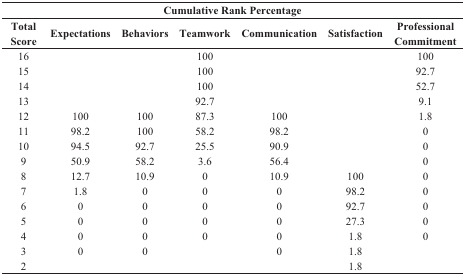
<table><thead><tr><td colspan="7"><b>Cumulative Rank Percentage</b></td></tr><tr><td><b>Total Score</b></td><td><b>Expectations</b></td><td><b>Behaviors</b></td><td><b>Teamwork</b></td><td><b>Communication</b></td><td><b>Satisfaction</b></td><td><b>Professional Commitment</b></td></tr></thead><tbody><tr><td>16</td><td>[EMPTY_CELL]</td><td>[EMPTY_CELL]</td><td>100</td><td>[EMPTY_CELL]</td><td>[EMPTY_CELL]</td><td>100</td></tr><tr><td>15</td><td>[EMPTY_CELL]</td><td>[EMPTY_CELL]</td><td>100</td><td>[EMPTY_CELL]</td><td>[EMPTY_CELL]</td><td>92.7</td></tr><tr><td>14</td><td>[EMPTY_CELL]</td><td>[EMPTY_CELL]</td><td>100</td><td>[EMPTY_CELL]</td><td>[EMPTY_CELL]</td><td>52.7</td></tr><tr><td>13</td><td>[EMPTY_CELL]</td><td>[EMPTY_CELL]</td><td>92.7</td><td>[EMPTY_CELL]</td><td>[EMPTY_CELL]</td><td>9.1</td></tr><tr><td>12</td><td>100</td><td>100</td><td>87.3</td><td>100</td><td>[EMPTY_CELL]</td><td>1.8</td></tr><tr><td>11</td><td>98.2</td><td>100</td><td>58.2</td><td>98.2</td><td>[EMPTY_CELL]</td><td>0</td></tr><tr><td>10</td><td>94.5</td><td>92.7</td><td>25.5</td><td>90.9</td><td>[EMPTY_CELL]</td><td>0</td></tr><tr><td>9</td><td>50.9</td><td>58.2</td><td>3.6</td><td>56.4</td><td>[EMPTY_CELL]</td><td>0</td></tr><tr><td>8</td><td>12.7</td><td>10.9</td><td>0</td><td>10.9</td><td>100</td><td>0</td></tr><tr><td>7</td><td>1.8</td><td>0</td><td>0</td><td>0</td><td>98.2</td><td>0</td></tr><tr><td>6</td><td>0</td><td>0</td><td>0</td><td>0</td><td>92.7</td><td>0</td></tr><tr><td>5</td><td>0</td><td>0</td><td>0</td><td>0</td><td>27.3</td><td>0</td></tr><tr><td>4</td><td>0</td><td>0</td><td>0</td><td>0</td><td>1.8</td><td>0</td></tr><tr><td>3</td><td>0</td><td>0</td><td>[EMPTY_CELL]</td><td>0</td><td>1.8</td><td>[EMPTY_CELL]</td></tr><tr><td>2</td><td>[EMPTY_CELL]</td><td>[EMPTY_CELL]</td><td>[EMPTY_CELL]</td><td>[EMPTY_CELL]</td><td>1.8</td><td>[EMPTY_CELL]</td></tr></tbody></table>